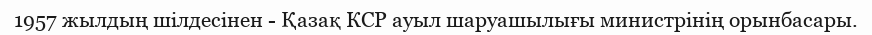
1957 жылдың шілдесінен - Қазақ КСР ауыл шаруашылығы министрінің орынбасары.